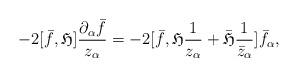
LaTeX: \begin{align*}-2[\bar{f}, \mathfrak{H}]\frac{\partial_{\alpha}\bar{f}}{z_{\alpha}}=-2[\bar{f}, \mathfrak{H}\frac{1}{z_{\alpha}}+\bar{\mathfrak{H}}\frac{1}{\bar{z}_{\alpha}}]\bar{f}_{\alpha},\end{align*}